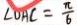
\angle D A C = \frac { \pi } { 6 }